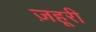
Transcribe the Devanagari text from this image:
ज़हूरी